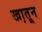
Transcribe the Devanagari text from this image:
खा़तून